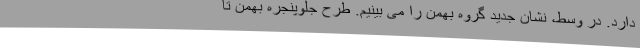
دارد. در وسط، نشان جدید گروه بهمن را می بینیم. طرح جلوپنجره بهمن تا